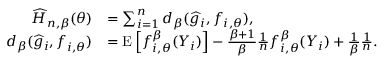
\begin{array} { r l } { \widehat { H } _ { n , \beta } ( \boldsymbol { \theta } ) } & { = \sum _ { i = 1 } ^ { n } d _ { \beta } ( \widehat { g } _ { i } , f _ { i , \boldsymbol { \theta } } ) , } \\ { d _ { \beta } ( \widehat { g } _ { i } , f _ { i , \boldsymbol { \theta } } ) } & { = \mathrm { E } \left[ f _ { i , \boldsymbol { \theta } } ^ { \beta } ( Y _ { i } ) \right] - \frac { \beta + 1 } { \beta } \frac { 1 } { n } f _ { i , \boldsymbol { \theta } } ^ { \beta } ( Y _ { i } ) + \frac { 1 } { \beta } \frac { 1 } { n } . } \end{array}